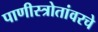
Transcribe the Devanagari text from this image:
पाणीस्त्रोतांवरचे